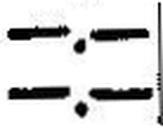
—.—